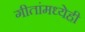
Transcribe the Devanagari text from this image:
गीतांमध्येही